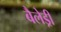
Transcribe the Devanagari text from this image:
बैलेड्री